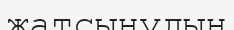
жатсынудың